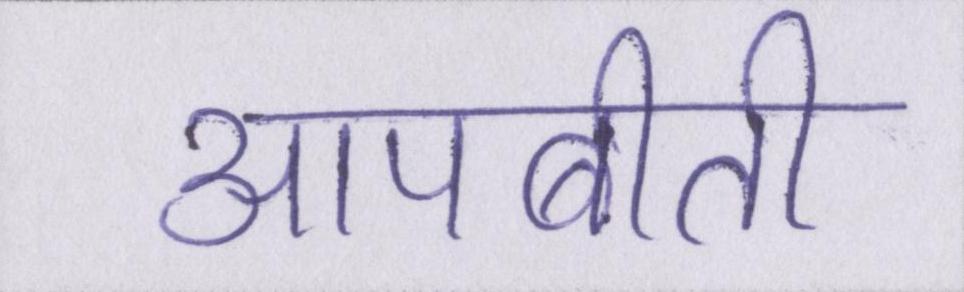
आपबीती